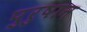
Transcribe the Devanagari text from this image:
पुरुषान